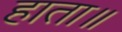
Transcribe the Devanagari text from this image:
हाता॥